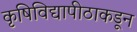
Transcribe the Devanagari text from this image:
कृषिविद्यापीठाकडून